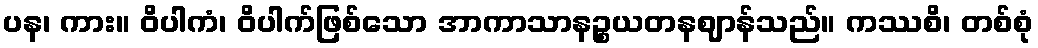
ပန၊ ကား။ ဝိပါကံ၊ ဝိပါက်ဖြစ်သော အာကာသာနဉ္စယတနဈာန်သည်။ ကဿစိ၊ တစ်စုံ